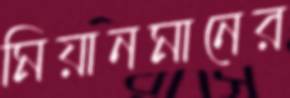
মিয়ানমানের